65_HS1-834228961_62-HQ-83894_SUB_A
Agency: FBI
Page 22
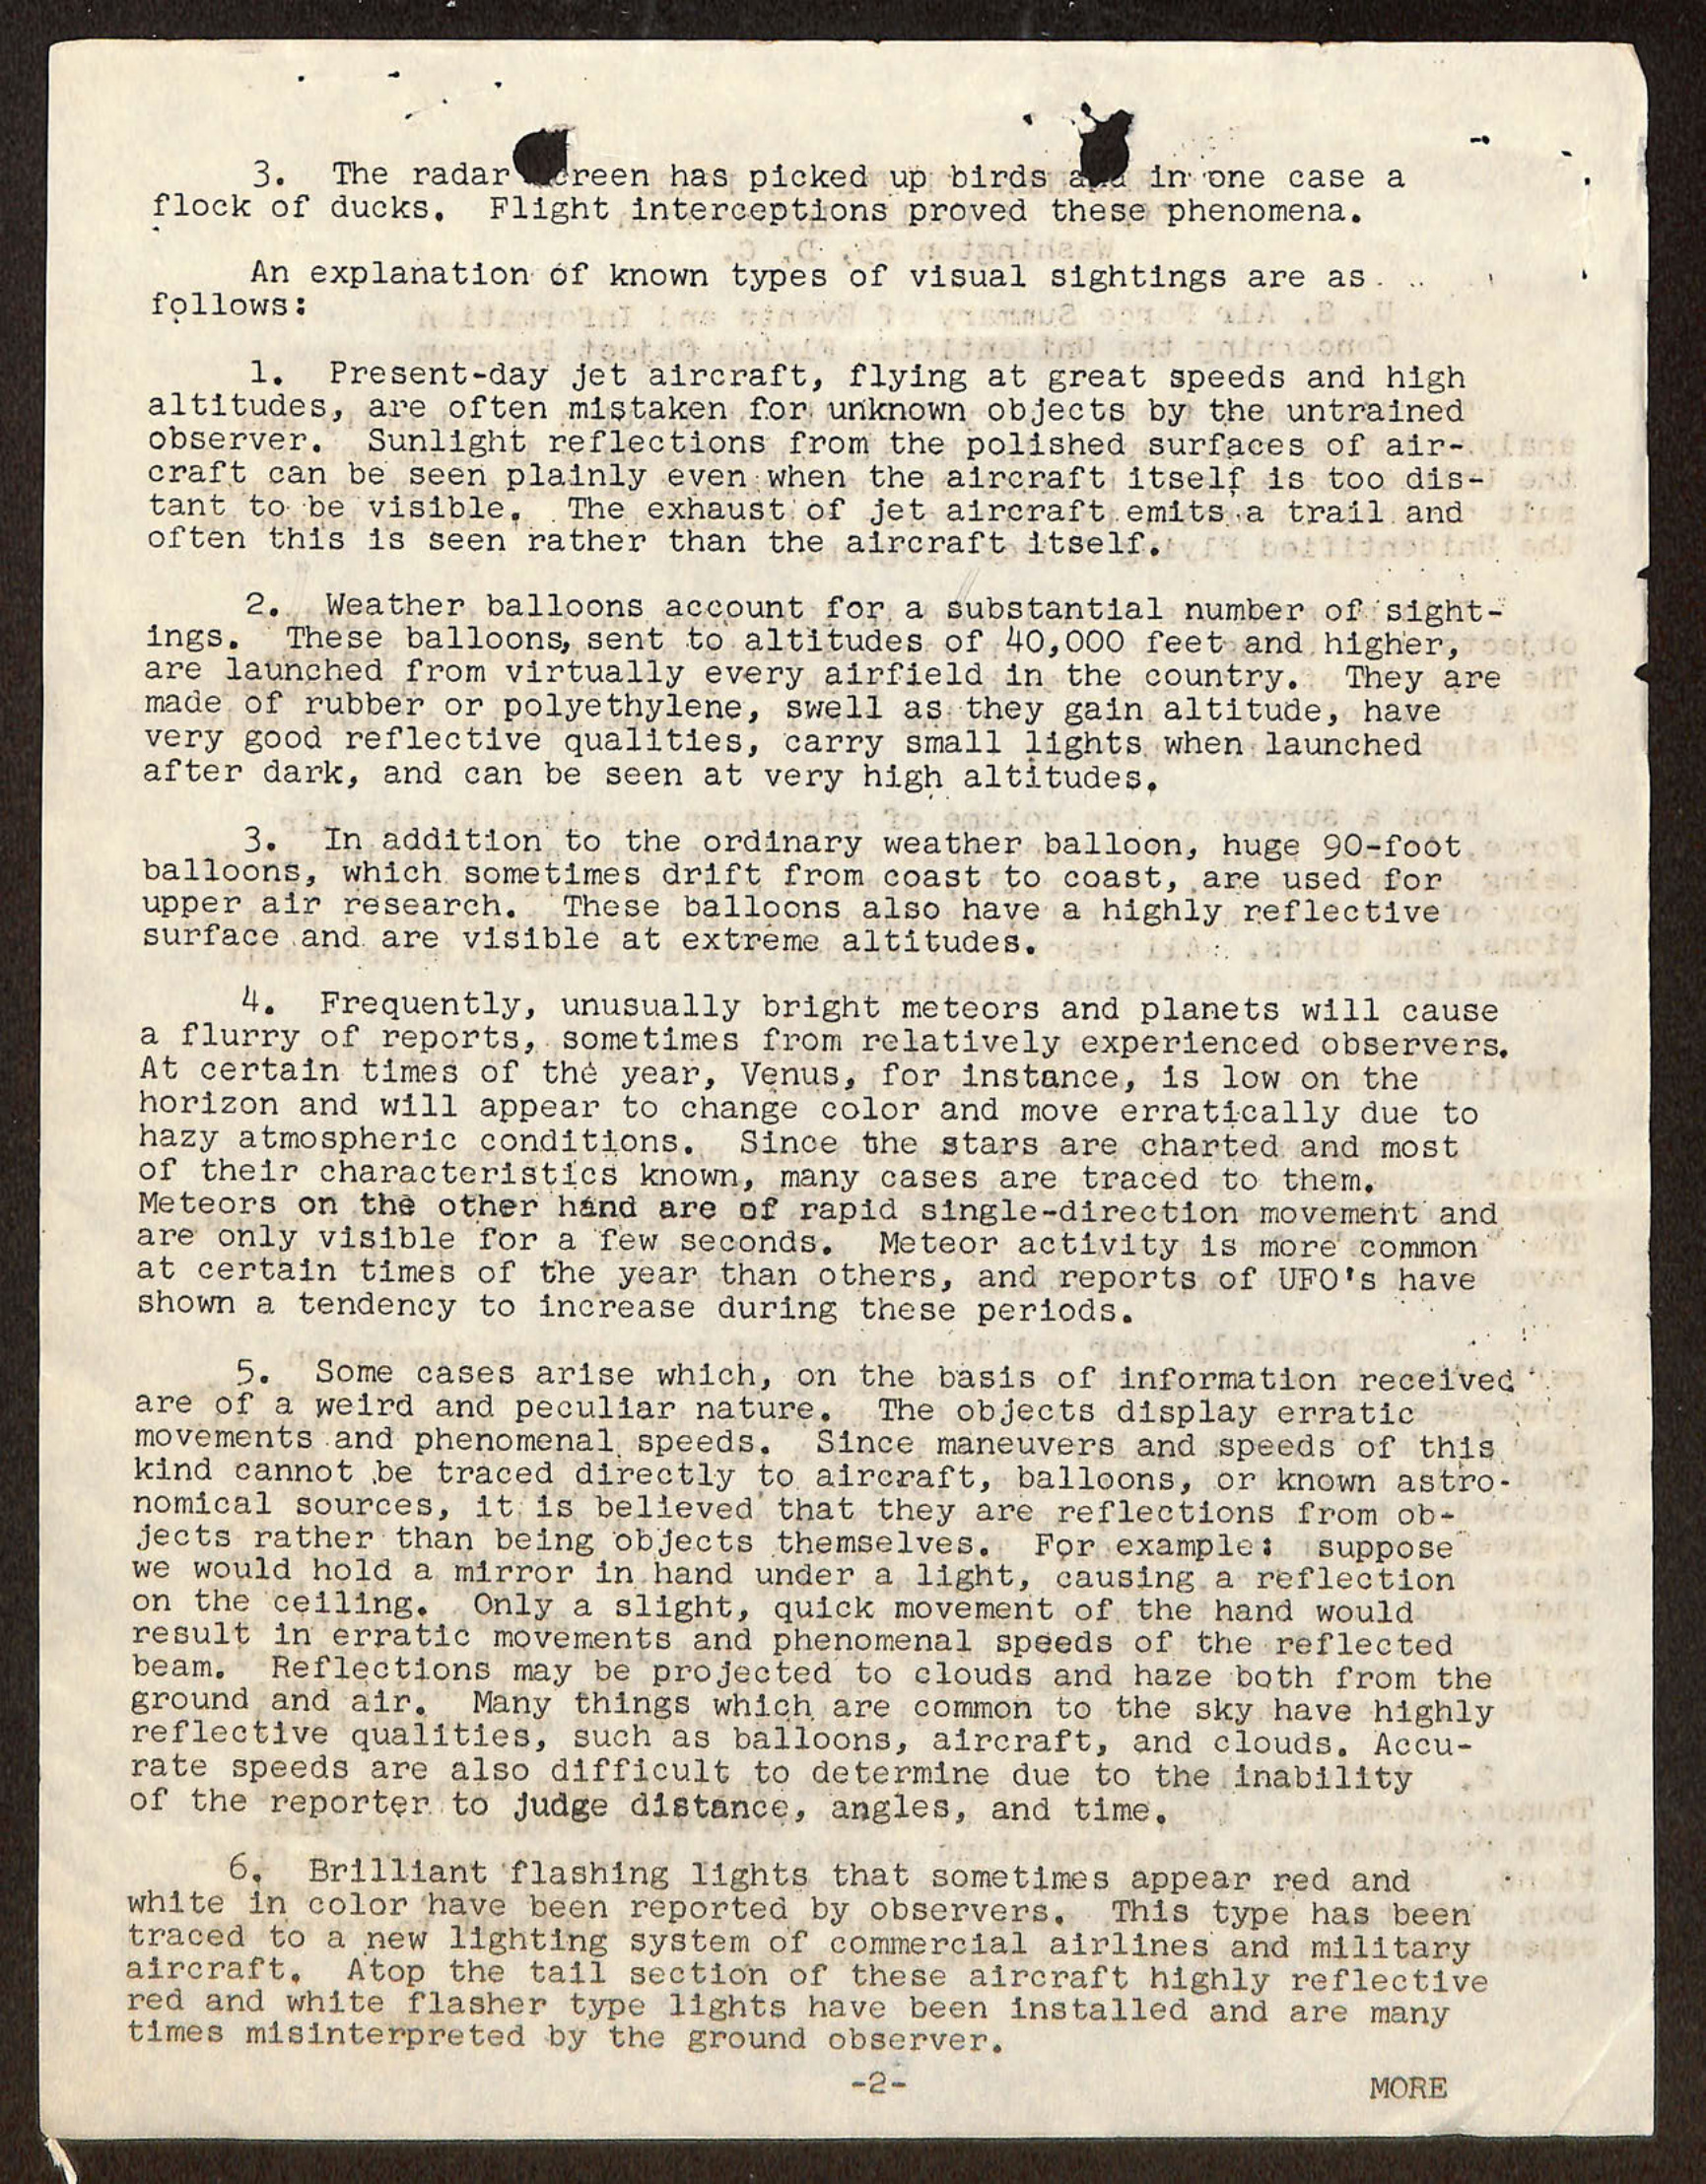